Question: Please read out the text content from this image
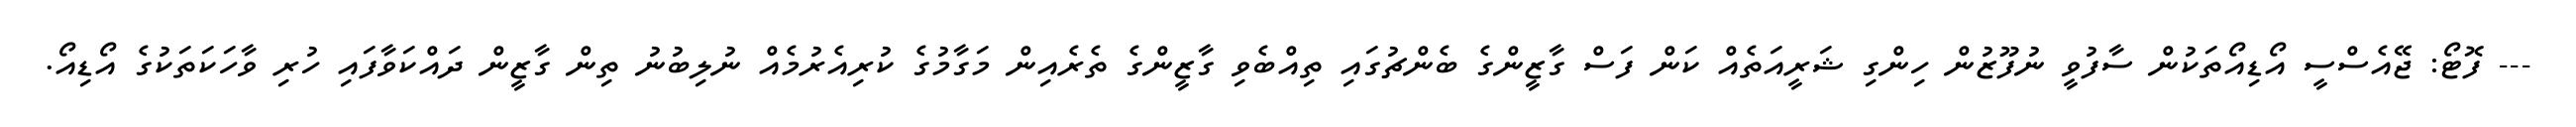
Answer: --- ފޮޓޯ: ޖޭއެސްސީ އޯޑިއޯތަކުން ސާފުވީ ނުފޫޒުން ހިންގި ޝަރީއަތެއް ކަން ފަސް ގާޒީންގެ ބެންޗުގައި ތިއްބެވި ގާޒީންގެ ތެރެއިން މަގާމުގެ ކުރިއެރުމެއް ނުލިބުނު ތިން ގާޒީން ދައްކަވާފައި ހުރި ވާހަކަތަކުގެ އޯޑިއޯ.